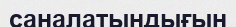
саналатындығын